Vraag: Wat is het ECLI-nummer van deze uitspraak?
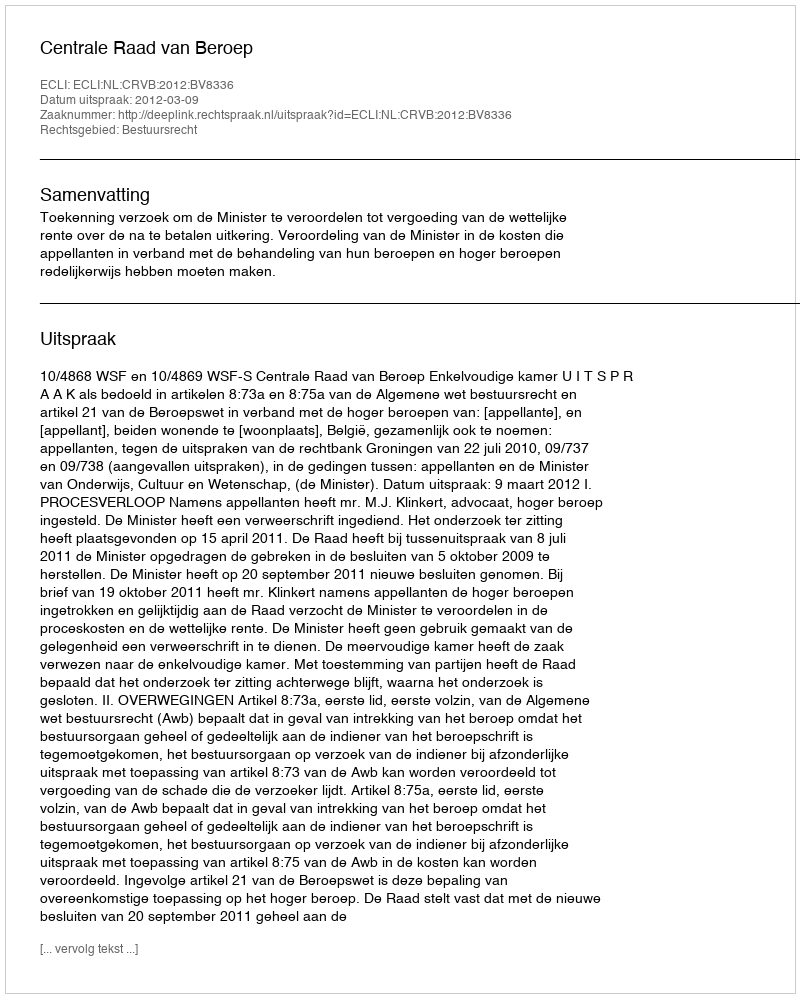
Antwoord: ECLI:NL:CRVB:2012:BV8336